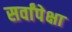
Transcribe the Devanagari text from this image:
सर्वांपेक्षा